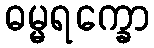
ဓမ္မရက္ခော